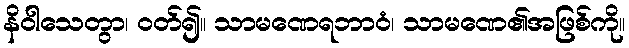
နိဝါသေတွာ၊ ဝတ်၍။ သာမဏေရဘာဝံ၊ သာမဏေ၏အဖြစ်ကို။